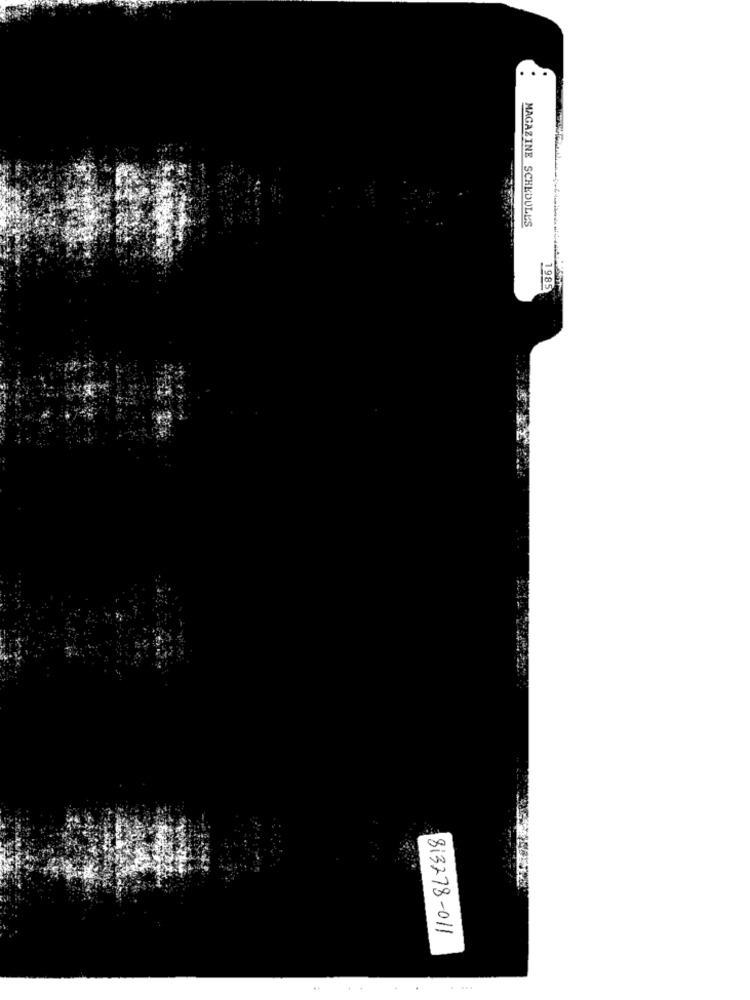
MAGAZINE SCHEDULES
1985
813778-011